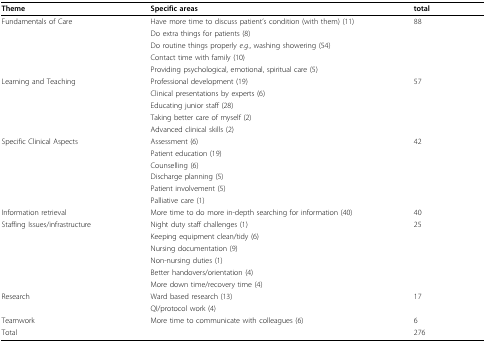
<table><thead><tr><td><b>Theme</b></td><td><b>Specific areas</b></td><td><b>total</b></td></tr></thead><tbody><tr><td>Fundamentals of Care</td><td>Have more time to discuss patient&#x27;s condition (with them) (11)</td><td>88</td></tr><tr><td></td><td>Do extra things for patients (8)</td><td></td></tr><tr><td></td><td>Do routine things properly <i>e.g</i>., washing showering (54)</td><td></td></tr><tr><td></td><td>Contact time with family (10)</td><td></td></tr><tr><td></td><td>Providing psychological, emotional, spiritual care (5)</td><td></td></tr><tr><td>Learning and Teaching</td><td>Professional development (19)</td><td>57</td></tr><tr><td></td><td>Clinical presentations by experts (6)</td><td></td></tr><tr><td></td><td>Educating junior staff (28)</td><td></td></tr><tr><td></td><td>Taking better care of myself (2)</td><td></td></tr><tr><td></td><td>Advanced clinical skills (2)</td><td></td></tr><tr><td>Specific Clinical Aspects</td><td>Assessment (6)</td><td>42</td></tr><tr><td></td><td>Patient education (19)</td><td></td></tr><tr><td></td><td>Counselling (6)</td><td></td></tr><tr><td></td><td>Discharge planning (5)</td><td></td></tr><tr><td></td><td>Patient involvement (5)</td><td></td></tr><tr><td></td><td>Palliative care (1)</td><td></td></tr><tr><td>Information retrieval</td><td>More time to do more in-depth searching for information (40)</td><td>40</td></tr><tr><td>Staffing Issues/infrastructure</td><td>Night duty staff challenges (1)</td><td>25</td></tr><tr><td></td><td>Keeping equipment clean/tidy (6)</td><td></td></tr><tr><td></td><td>Nursing documentation (9)</td><td></td></tr><tr><td></td><td>Non-nursing duties (1)</td><td></td></tr><tr><td></td><td>Better handovers/orientation (4)</td><td></td></tr><tr><td></td><td>More down time/recovery time (4)</td><td></td></tr><tr><td>Research</td><td>Ward based research (13)</td><td>17</td></tr><tr><td></td><td>QI/protocol work (4)</td><td></td></tr><tr><td>Teamwork</td><td>More time to communicate with colleagues (6)</td><td>6</td></tr><tr><td>Total</td><td></td><td>276</td></tr></tbody></table>